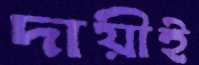
দায়ীই